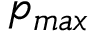
p _ { m a x }